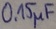
Text: 0,15µF